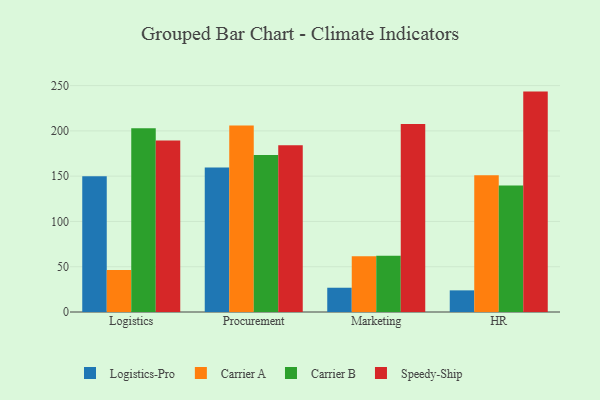
{"axis": {"x": "Department", "y": "Revenue (USD Million)"}, "legend": ["Carrier A", "Carrier B", "Logistics-Pro", "Speedy-Ship"], "data": [{"x": "Logistics", "y": 149.8, "type": "Logistics-Pro"}, {"x": "Logistics", "y": 46.4, "type": "Carrier A"}, {"x": "Logistics", "y": 202.9, "type": "Carrier B"}, {"x": "Logistics", "y": 189.5, "type": "Speedy-Ship"}, {"x": "Procurement", "y": 159.7, "type": "Logistics-Pro"}, {"x": "Procurement", "y": 206.0, "type": "Carrier A"}, {"x": "Procurement", "y": 173.5, "type": "Carrier B"}, {"x": "Procurement", "y": 184.1, "type": "Speedy-Ship"}, {"x": "Marketing", "y": 26.8, "type": "Logistics-Pro"}, {"x": "Marketing", "y": 61.5, "type": "Carrier A"}, {"x": "Marketing", "y": 62.0, "type": "Carrier B"}, {"x": "Marketing", "y": 207.5, "type": "Speedy-Ship"}, {"x": "HR", "y": 23.9, "type": "Logistics-Pro"}, {"x": "HR", "y": 150.9, "type": "Carrier A"}, {"x": "HR", "y": 139.8, "type": "Carrier B"}, {"x": "HR", "y": 243.4, "type": "Speedy-Ship"}]}